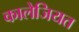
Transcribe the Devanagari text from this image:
कालेजियत